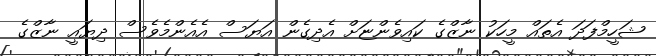
ޝަހީމްފަދަ އެތައް މީހަކު ނާޒްގެ ކައިވެންޏަށް އެދިގެން އަޔަސް އެއެންމެވެސް ދިޔައީ ނާޒްގެ